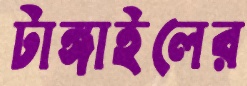
টাঙ্গাইলের